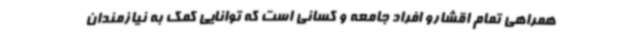
همراهی تمام اقشارو افراد جامعه و کسانی است که توانایی کمک به نیازمندان